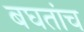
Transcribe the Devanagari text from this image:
बघतांच